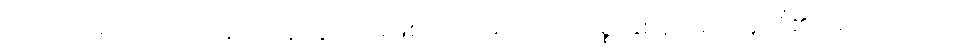
ဂဟပတိမဟာသာလာနံ ဝါ၊ သူကြွယ်မျိုးဖြစ်သော များသော ဥစ္စာနှစ်ရှိသော သူတို့၏လည်းကောင်း။